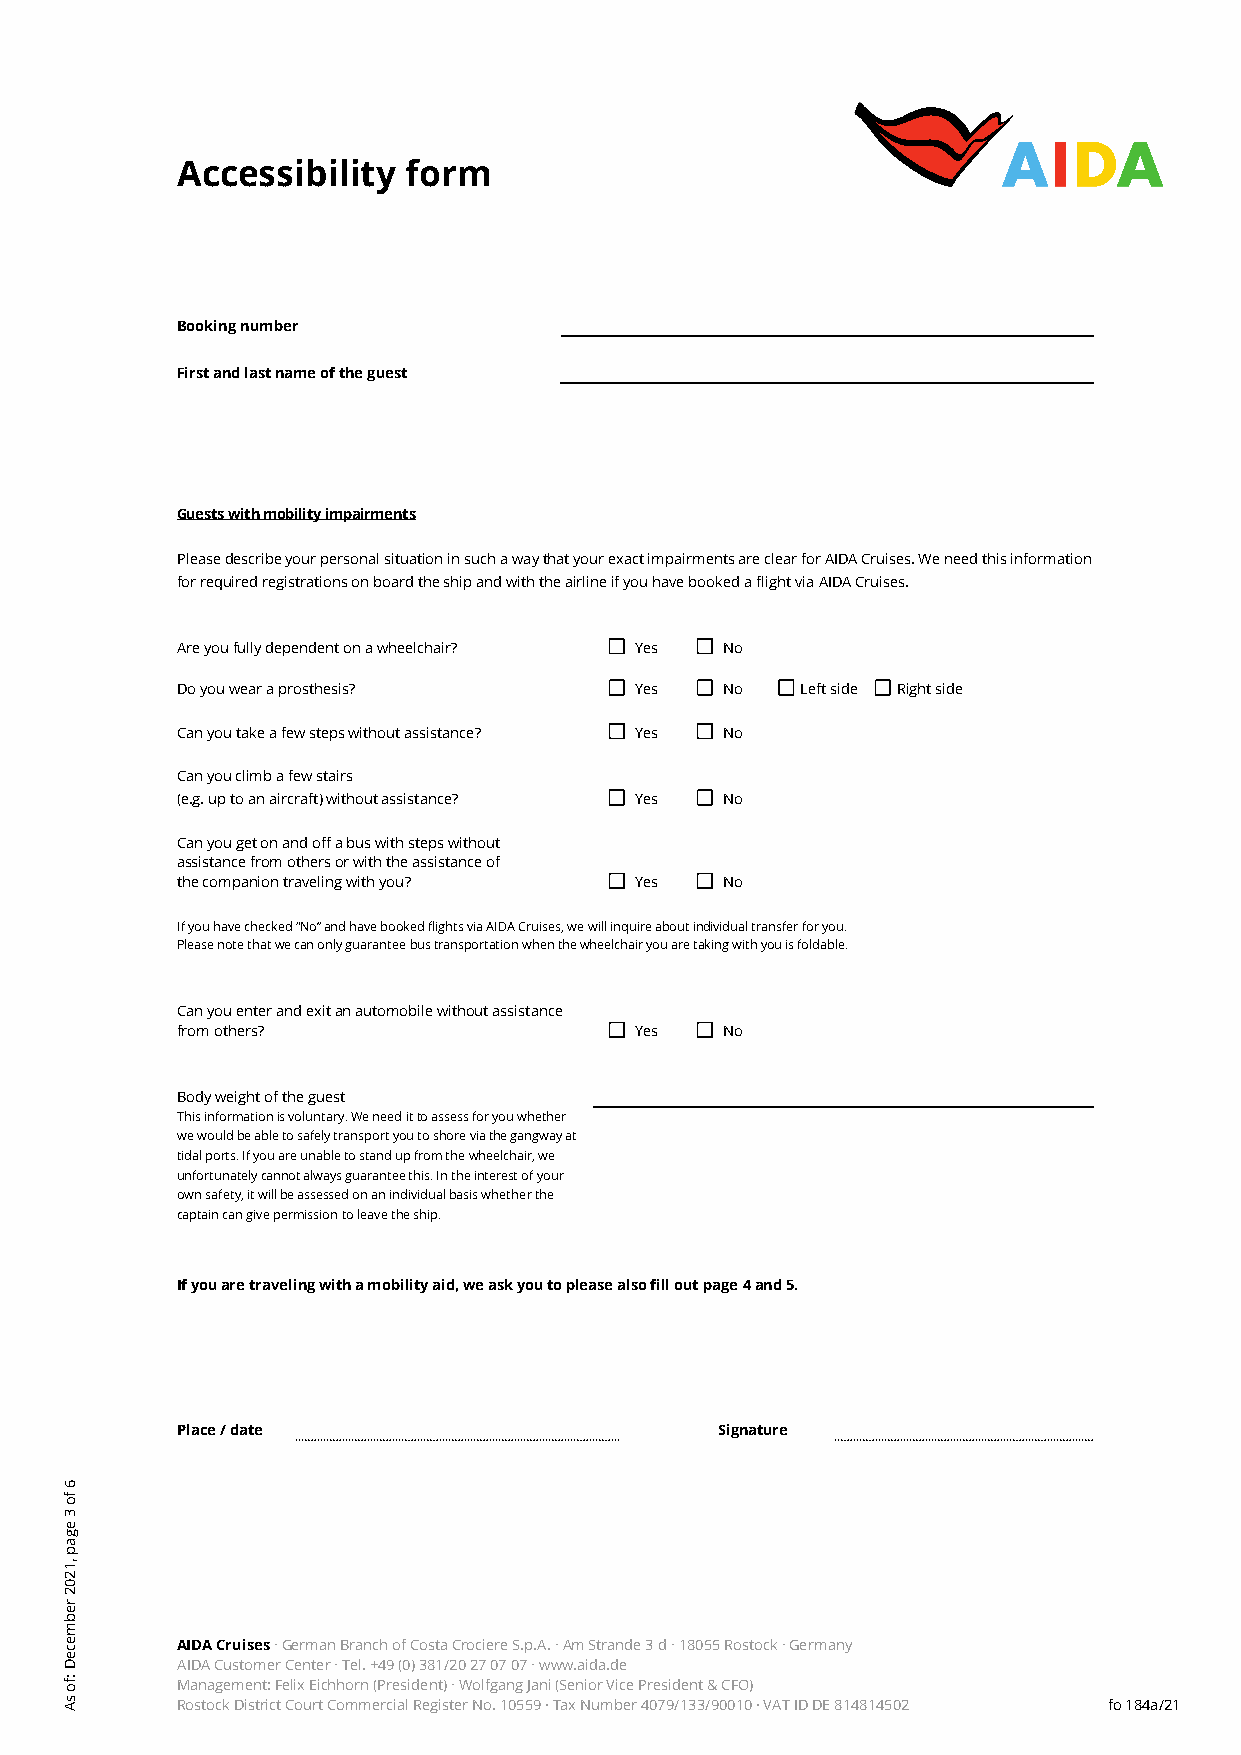
Accessibility  form
 Booking number
 First and last name of the guest
 Guests with mobility impairments
 Please describe your personal situation in such a way that your exact impairments are clear for AIDA Cruises. We need this information
 for required registrations on board the ship and with the airline if you have booked a flight via AIDA Cruises.
 Are you fully dependent on a wheelchair? Yes No
 Do you wear a prosthesis?     Yes   No   Left side Right side
 Can you take a few steps without assistance? Yes No
 Can you climb a few stairs
 (e.g. up to an aircraft) without assistance? Yes No
 Can you get on and off a bus with steps without
 assistance from others or with the assistance of
 the companion traveling with you? Yes No
 If you have checked “No” and have booked flights via AIDA Cruises, we will inquire about individual transfer for you.
 Please note that we can only guarantee bus transportation when the wheelchair you are taking with you is foldable.
 Can you enter and exit an automobile without assistance
 from others?                  Yes   No
 Body weight of the guest
 This information is voluntary. We need it to assess for you whether
 we would be able to safely transport you to shore via the gangway at
 tidal ports. If you are unable to stand up from the wheelchair, we
 unfortunately cannot always guarantee this. In the interest of your
 own safety, it will be assessed on an individual basis whether the
 captain can give permission to leave the ship.
 If you are traveling with a mobility aid, we ask you to please also fill out page 4 and 5.
 Place / date                        Signature
 AIDA Cruises ∙ German Branch of Costa Crociere S.p.A. ∙ Am Strande 3 d ∙ 18055 Rostock ∙ Germany
 AIDA Customer Center ∙ Tel. +49 (0) 381/20 27 07 07 ∙ www.aida.de
 Management: Felix Eichhorn (President) ∙ Wolfgang Jani (Senior Vice President & CFO)
 Rostock District Court Commercial Register No. 10559 ∙ Tax Number 4079/133/90010 ∙ VAT ID DE 814814502 fo 184a/21
 6
 fo
 3
 egap
 ,1202
 rebmeceD
 :fo
 sA